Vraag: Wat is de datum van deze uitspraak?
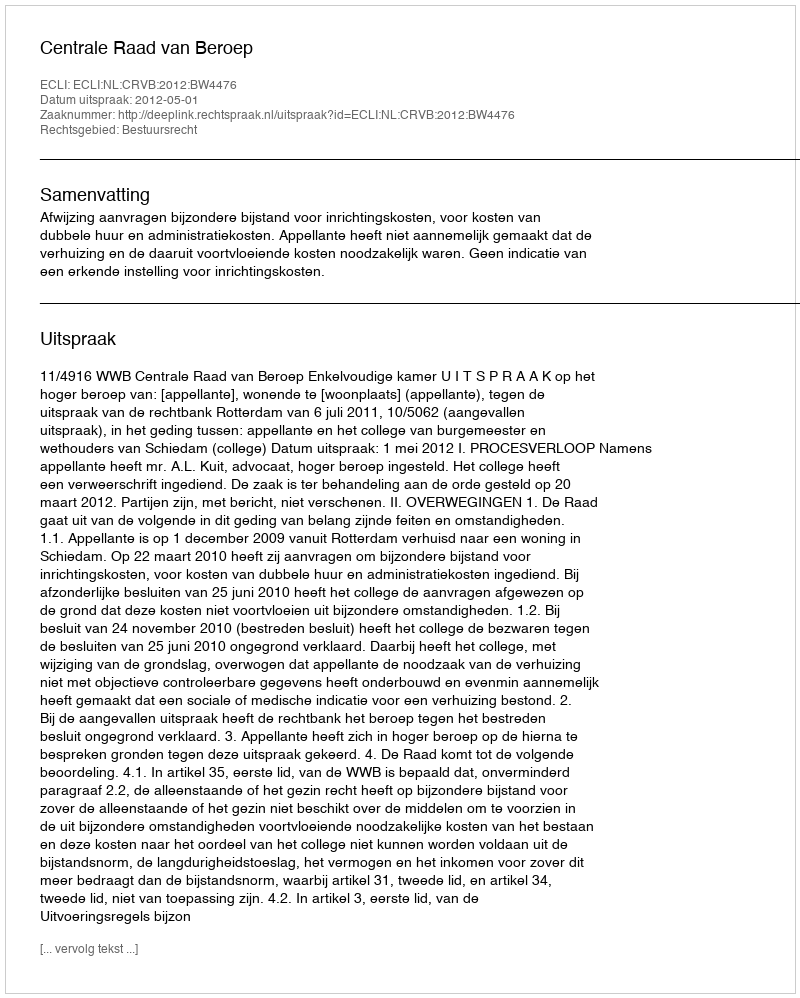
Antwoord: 2012-05-01